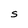
Character: S